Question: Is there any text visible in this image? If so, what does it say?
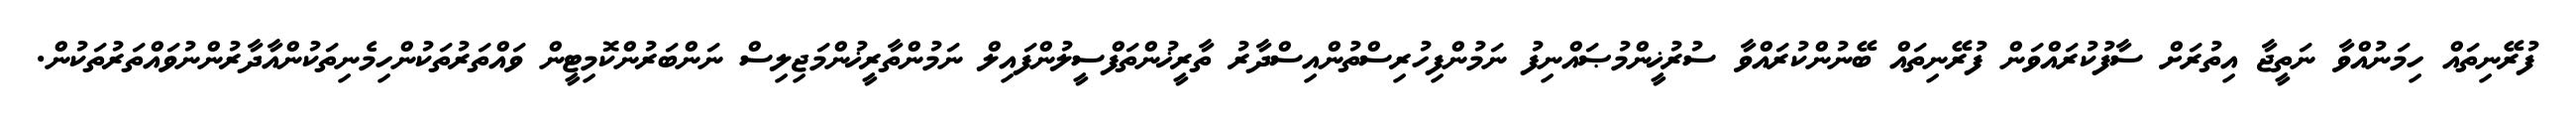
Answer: ފުރޭނިތައް ހިމަނުއްވާ ނަތީޖާ އިތުރަށް ސާފުކުރައްވަން ފުރޭނިތައް ބޭނުންކުރައްވާ ސުރުޚީންމުޞައްނިފު ނަމުންފިހުރިސްތުންއިސްދާރު ތާރީޚުންތަފްސީލުންފައިލް ނަމުންތާރީޚުންމަޖިލިސް ނަންބަރުންކޮމިޓީން ވައްތަރުތަކުންހިމެނިތަކުންއާދާރުންނުވައްތަރުތަކުން.